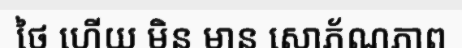
ថៃ ហើយ មិន មាន សោភ័ណភាព